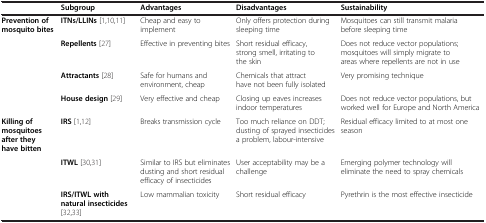
<table><thead><tr><td><b> </b></td><td><b>Subgroup</b></td><td><b>Advantages</b></td><td><b>Disadvantages</b></td><td><b>Sustainability</b></td></tr></thead><tbody><tr><td><b>Prevention of mosquito bites</b></td><td><b>ITNs/LLINs</b>[1,10,11]</td><td>Cheap and easy to implement</td><td>Only offers protection during sleeping time</td><td>Mosquitoes can still transmit malaria before sleeping time</td></tr><tr><td> </td><td><b>Repellents</b>[27]</td><td>Effective in preventing bites</td><td>Short residual efficacy, strong smell, irritating to the skin</td><td>Does not reduce vector populations; mosquitoes will simply migrate to areas where repellents are not in use</td></tr><tr><td> </td><td><b>Attractants</b>[28]</td><td>Safe for humans and environment, cheap</td><td>Chemicals that attract have not been fully isolated</td><td>Very promising technique</td></tr><tr><td> </td><td><b>House design</b>[29]</td><td>Very effective and cheap</td><td>Closing up eaves increases indoor temperatures</td><td>Does not reduce vector populations, but worked well for Europe and North America</td></tr><tr><td><b>Killing of mosquitoes after they have bitten</b></td><td><b>IRS</b>[1,12]</td><td>Breaks transmission cycle</td><td>Too much reliance on DDT; dusting of sprayed insecticides a problem, labour-intensive</td><td>Residual efficacy limited to at most one season</td></tr><tr><td> </td><td><b>ITWL</b>[30,31]</td><td>Similar to IRS but eliminates dusting and short residual efficacy of insecticides</td><td>User acceptability may be a challenge</td><td>Emerging polymer technology will eliminate the need to spray chemicals</td></tr><tr><td> </td><td><b>IRS/ITWL with natural insecticides</b>[32,33]</td><td>Low mammalian toxicity</td><td>Short residual efficacy</td><td>Pyrethrin is the most effective insecticide</td></tr></tbody></table>